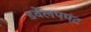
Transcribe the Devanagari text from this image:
डवेलपमंट